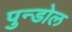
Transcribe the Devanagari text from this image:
पुन्डोल